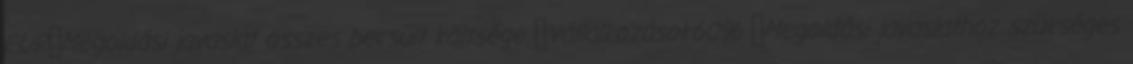
EUR▪Megoldási javaslat összes becsült költsége ▪Vállalkozások60% ▪Megoldási javaslathoz szükséges